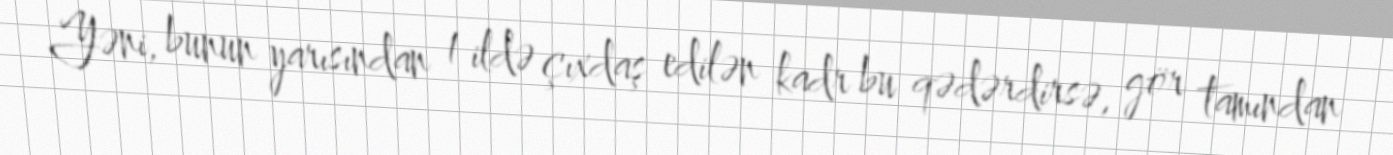
Yəni, bunun yarısından 1 ildə çıxdaş edilən kadr bu qədərdirsə, gör tamından